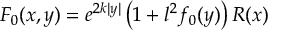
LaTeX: F _ { 0 } ( x , y ) = e ^ { 2 k | y | } \left( 1 + l ^ { 2 } f _ { 0 } ( y ) \right) R ( x )